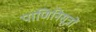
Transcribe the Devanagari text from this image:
पाणिनिसूत्रों